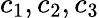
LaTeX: c_{1},c_{2},c_{3}